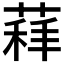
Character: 𦷑